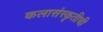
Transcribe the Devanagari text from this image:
कलासंस्कृतीची